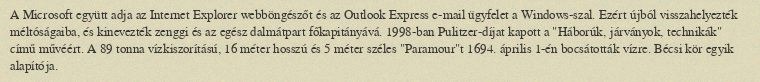
A Microsoft együtt adja az Internet Explorer webböngészőt és az Outlook Express e-mail ügyfelet a Windows-szal. Ezért újból visszahelyezték méltóságaiba, és kinevezték zenggi és az egész dalmátpart főkapitányává. 1998-ban Pulitzer-díjat kapott a "Háborúk, járványok, technikák" című művéért. A 89 tonna vízkiszorítású, 16 méter hosszú és 5 méter széles "Paramour"t 1694. április 1-én bocsátották vízre. Bécsi kör egyik alapítója.